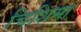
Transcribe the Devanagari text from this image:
चिशिमा